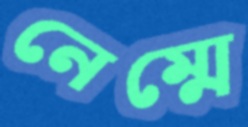
নেম্মে